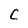
Character: C